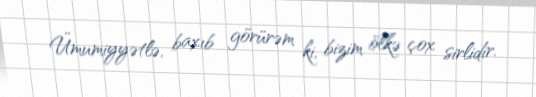
Ümumiyyətlə, baxıb görürəm ki, bizim ölkə çox sirlidir.